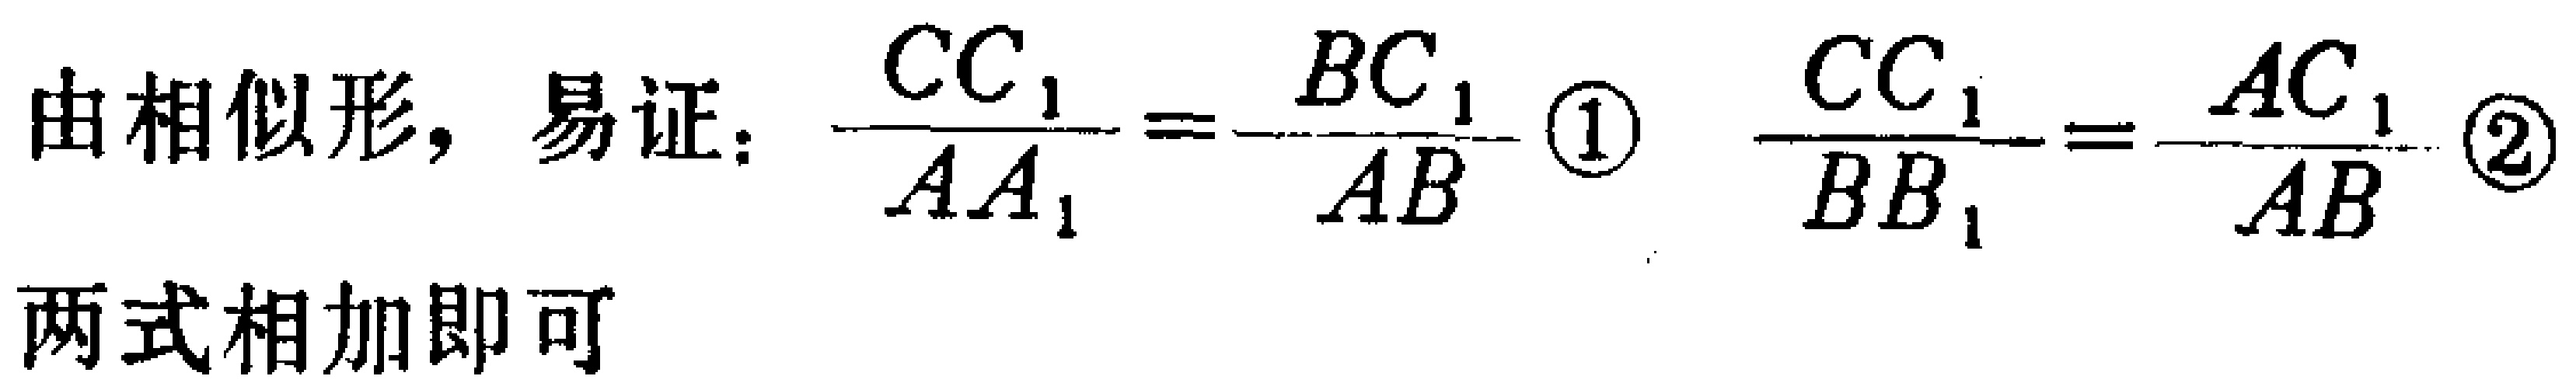
由相似形，易证：\(\frac{CC_{1}}{AA_{1}}=\frac{BC_{1}}{AB}\) \textcircled{1} \(\frac{CC_{1}}{BB_{1}}=\frac{AC_{1}}{AB}\) \textcircled{2}
两式相加即可